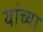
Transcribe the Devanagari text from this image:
यांंच्या